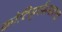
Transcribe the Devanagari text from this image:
कोटिसूर्यसमप्रभ॥